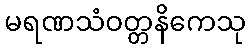
မရဏသံဝတ္တနိကေသု